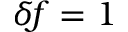
\delta \! f = 1